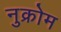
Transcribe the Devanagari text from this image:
नुक्रोम